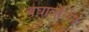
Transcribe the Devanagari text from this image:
बेघालेंसिस